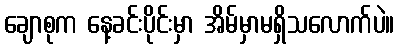
ချောစုက နေ့ခင်းပိုင်းမှာ အိမ်မှာမရှိသလောက်ပဲ။